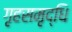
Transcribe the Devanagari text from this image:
गृहसमृद्धि